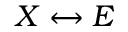
X \leftrightarrow E